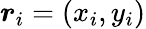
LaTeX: {\boldsymbol r}_{i}=(x_{i},y_{i})